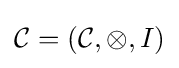
{\mathcal {C}}=({\mathcal {C}},\otimes ,I)